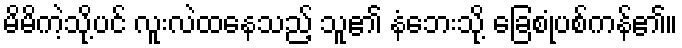
မိမိကဲ့သို့ပင် လူးလဲထနေသည့် သူ၏ နံဘေးသို့ ခြေစုံပစ်ကန်၏။